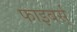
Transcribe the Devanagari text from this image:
फाइबर्स्